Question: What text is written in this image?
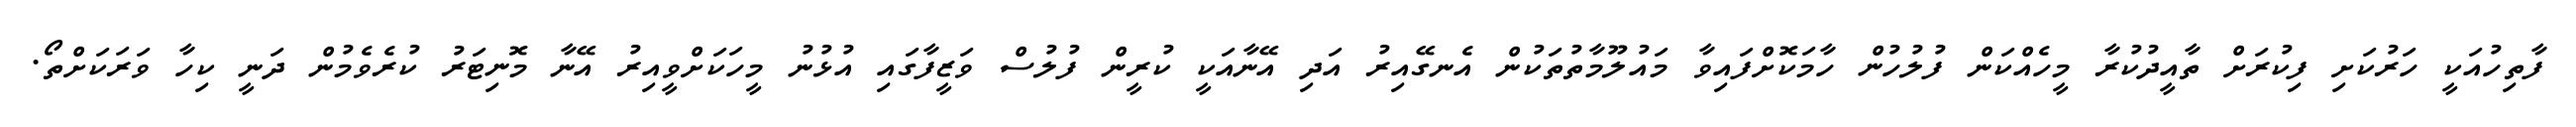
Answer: ފާތިހުއަކީ ހަރުކަށި ފިކުރަށް ތާއީދުކުރާ މީހެއްކަން ފުލުހުން ހާމަކޮށްފައިވާ މައުލޫމާތުތަކުން އެނގޭއިރު އަދި އޭނާއަކީ ކުރީން ފުލުސް ވަޒީފާގައި އުޅުނު މީހަކަށްވީއިރު އޭނާ މޮނިޓަރު ކުރެވެމުން ދަނީ ކިހާ ވަރަކަށްތޯ.